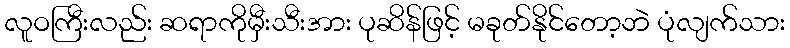
လူဝကြီးလည်း ဆရာကိုမှီးသီးအား ပုဆိန်ဖြင့် မခုတ်နိုင်တော့ဘဲ ပုံလျက်သား